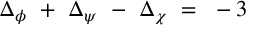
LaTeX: \Delta _ { \phi } ~ + ~ \Delta _ { \psi } ~ - ~ \Delta _ { \chi } ~ = ~ - 3